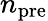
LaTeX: n_{\mathrm{pre}}